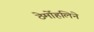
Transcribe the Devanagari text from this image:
ठेर्मोहलिने